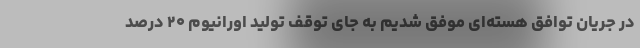
در جریان توافق هسته‌ای موفق شدیم به جای توقف تولید اورانیوم ۲۰ درصد